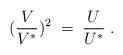
LaTeX: \begin{align*} (\frac{V}{V^*})^2 \;=\; \frac{U}{U^*} \;.\end{align*}